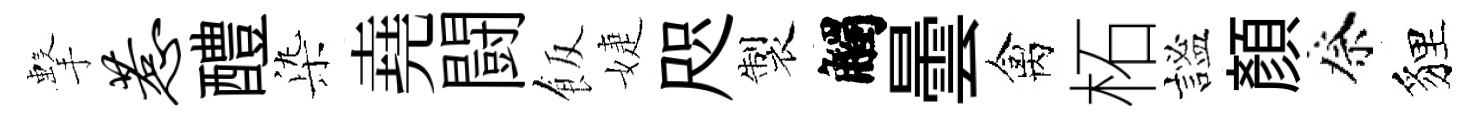
擊惹醴𣑱堯闘飯婕咫製觸曇禽柘謐顏祭貍